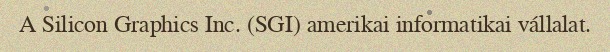
A Silicon Graphics Inc. (SGI) amerikai informatikai vállalat.